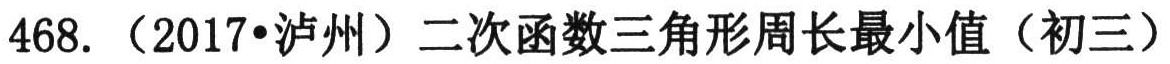
468.（2017•泸州）二次函数三角形周长最小值（初三）